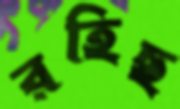
রহিছ